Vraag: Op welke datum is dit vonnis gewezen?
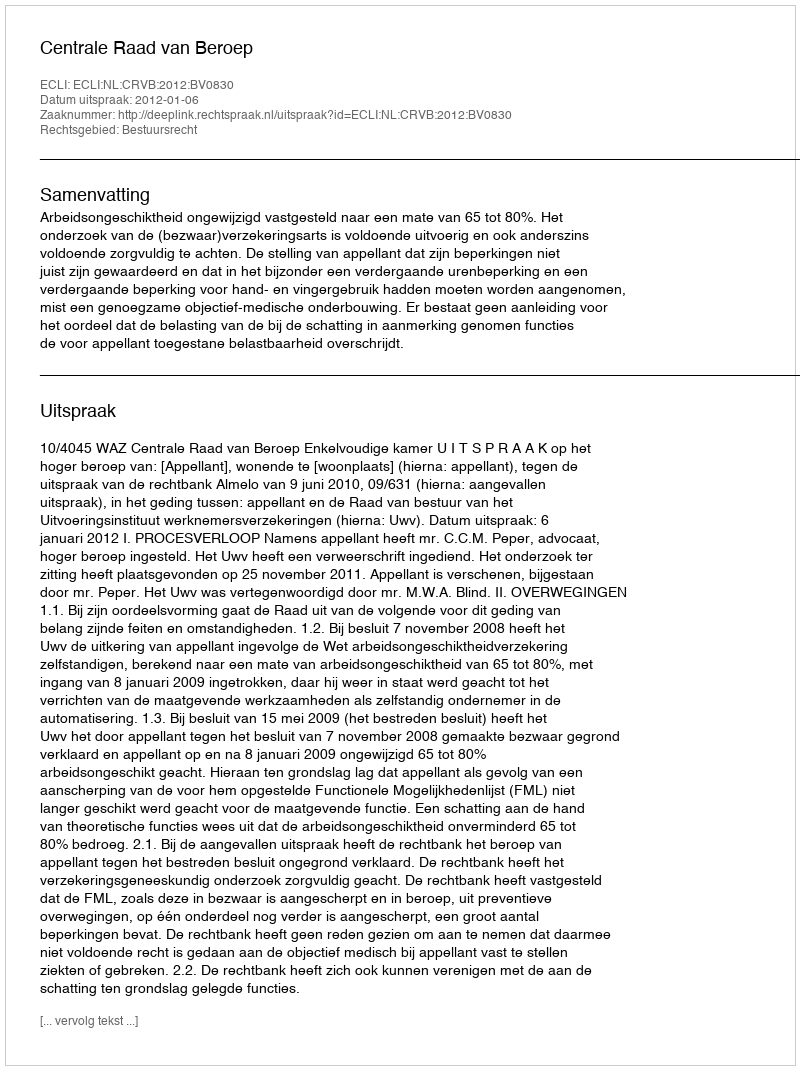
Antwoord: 2012-01-06